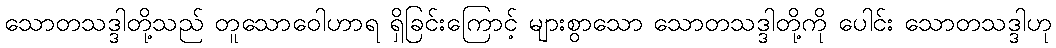
သောတသဒ္ဒါတို့သည် တူသောဝေါဟာရ ရှိခြင်းကြောင့် များစွာသော သောတသဒ္ဒါတို့ကို ပေါင်း သောတသဒ္ဒါဟု